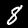
Digit: 8